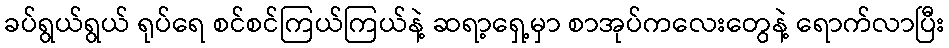
ခပ်ရွယ်ရွယ် ရုပ်ရေ စင်စင်ကြယ်ကြယ်နဲ့ ဆရာ့ရှေ့မှာ စာအုပ်ကလေးတွေနဲ့ ရောက်လာပြီး